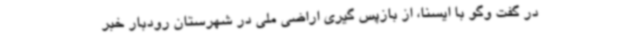
در گفت وگو با ایسنا، از بازپس گیری اراضی ملی در شهرستان رودبار خبر